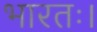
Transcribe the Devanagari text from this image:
भारतः।